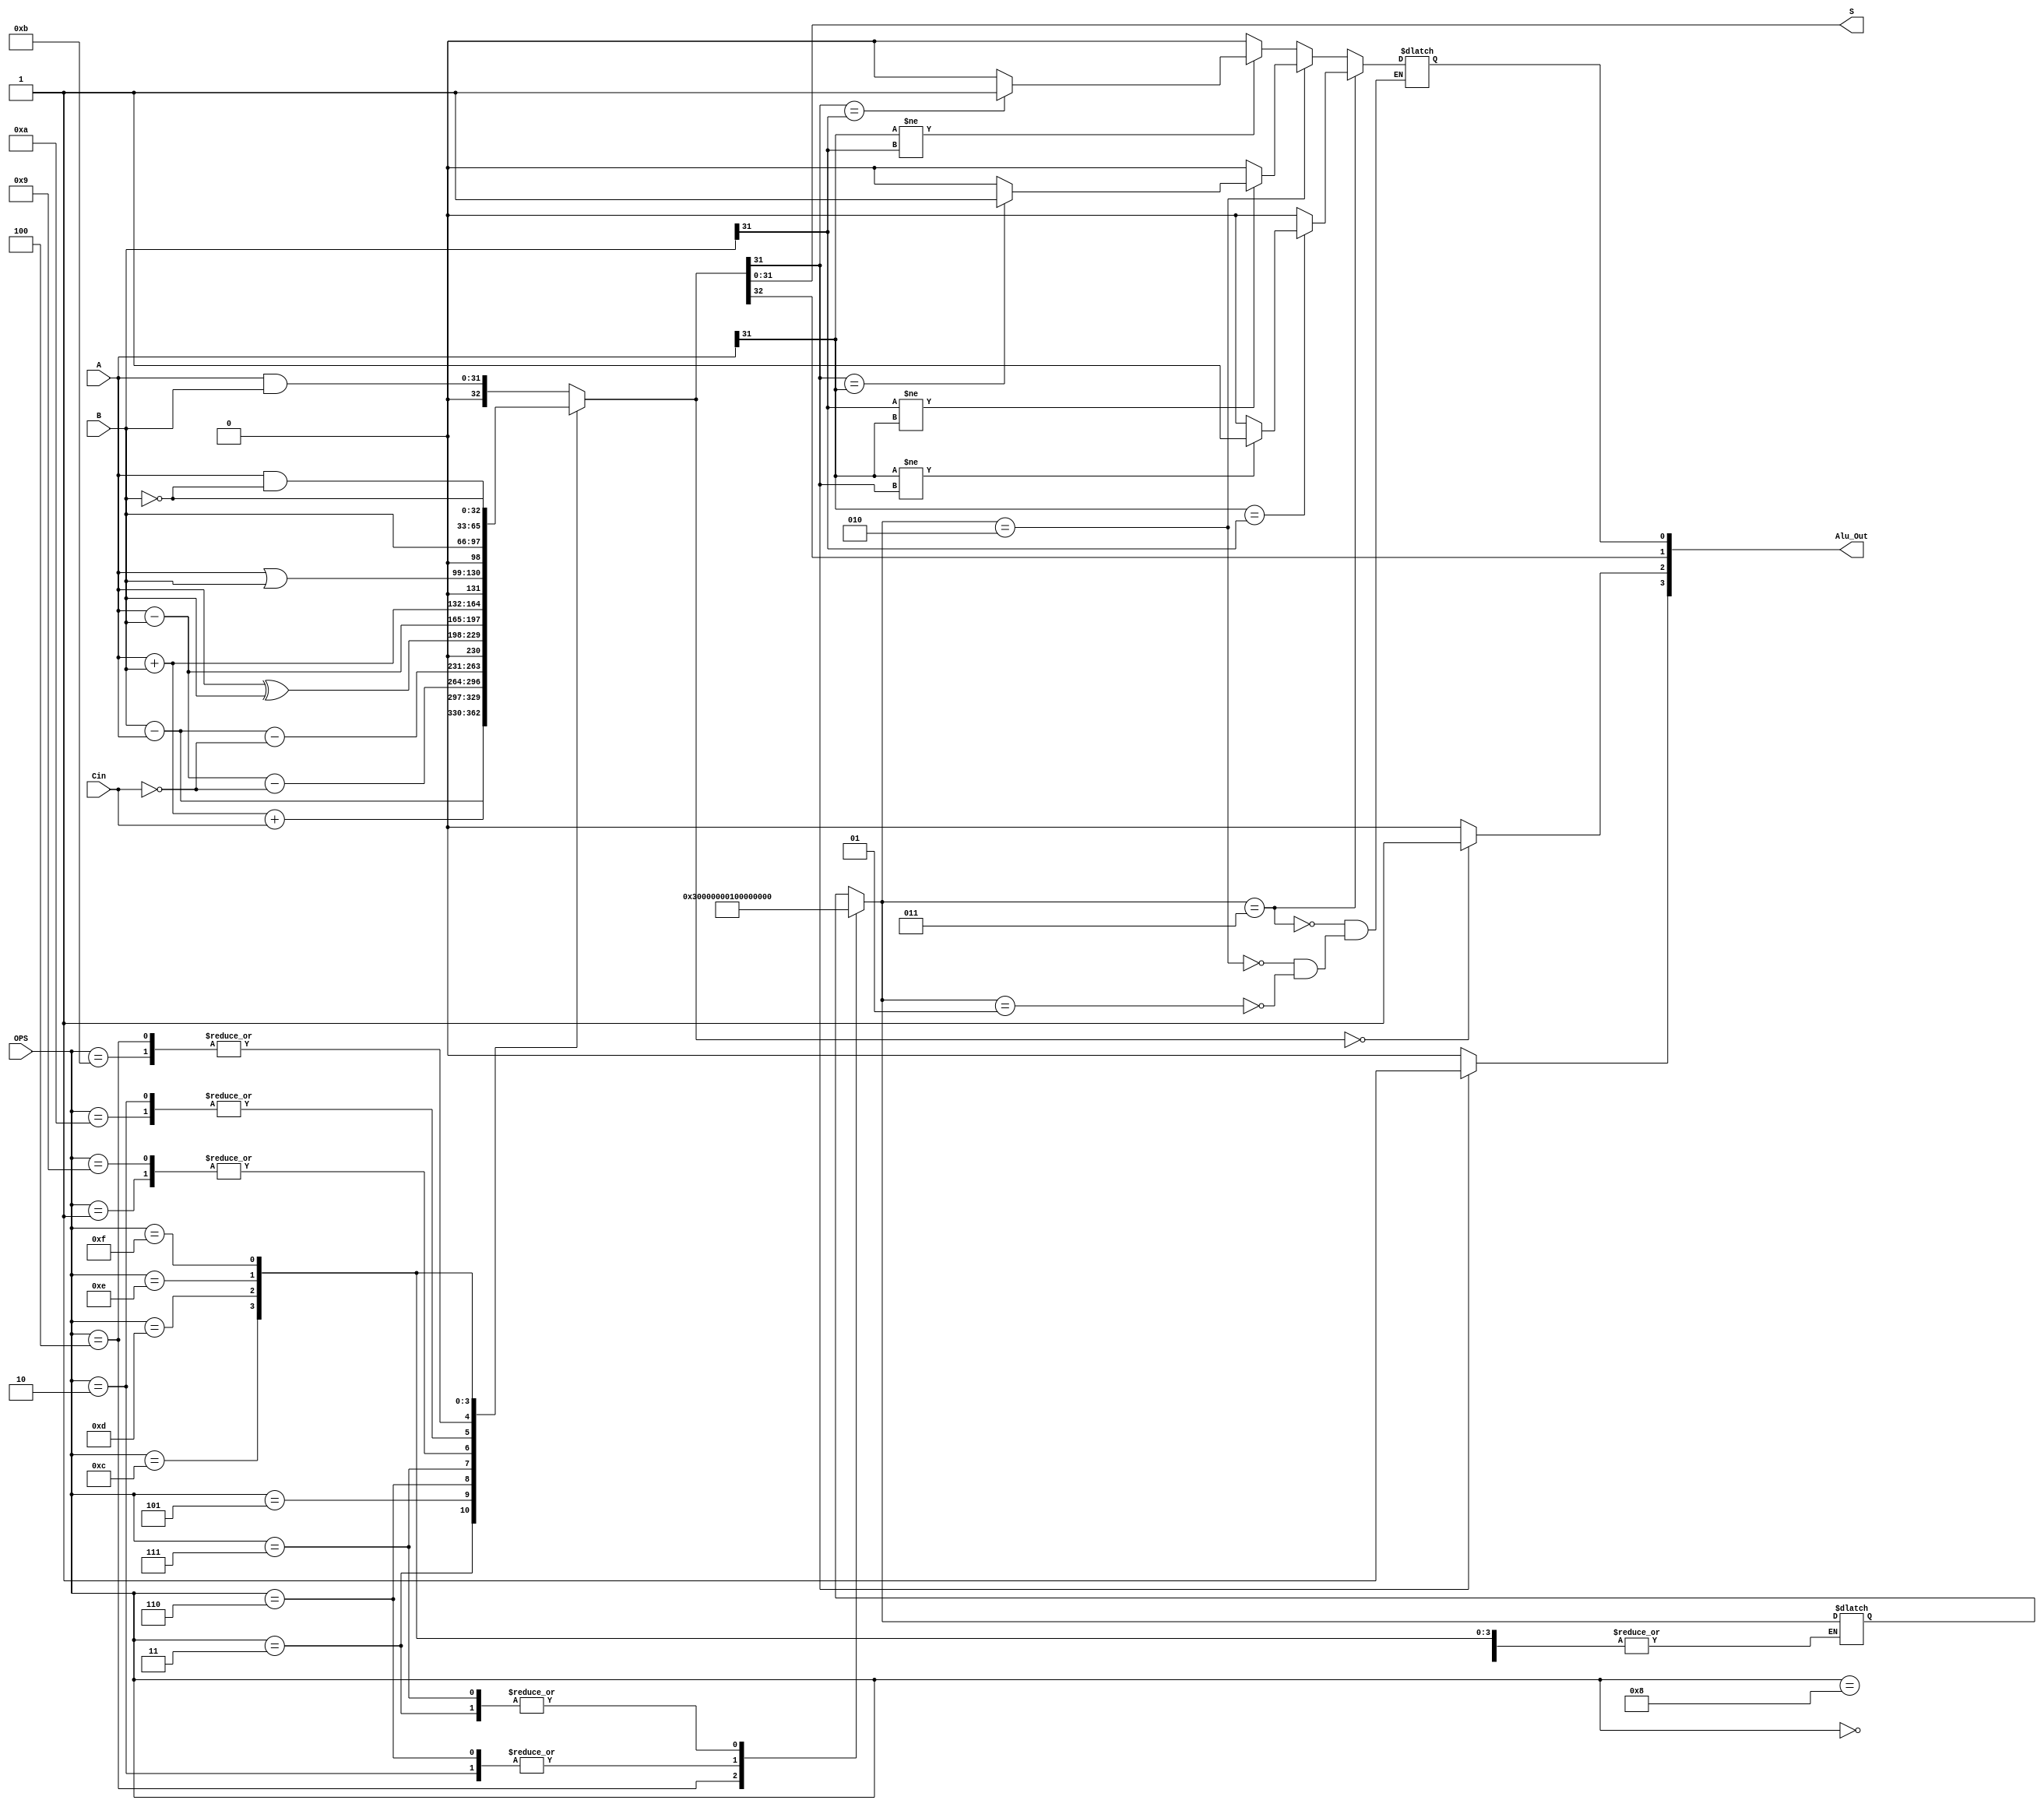
/*Creator: Ashley Ortiz Colon
*/

module alu(input [31:0] A, B, input [3:0] OPS, input Cin, output [31:0] S, output [3:0] Alu_Out); // N, Z, C, V);

    reg [32:0] OPS_result;

    integer tn = 0; 
    integer tz = 0; 
    integer tc = 0; 
    integer tv = 0; 
    integer ol = 0;

    assign Alu_Out[3] = tn; //Negative
    assign Alu_Out[2] = tz; //Zero 
    assign Alu_Out[1] = tc; //Carry Out
    assign Alu_Out[0] = tv; //Overflow

    // integer mod_cond_codes;

    assign S = OPS_result[31:0];
   
    always@(*)//OPS,A,B,Cin)
    begin

        // mod_cond_codes = B[20];

        case(OPS)
            //0
            4'b0000: //Logical AND
            OPS_result = A & B;

            //1
            4'b0001: //Logical Exclusive OR
            OPS_result = A ^ B;

            //2
            4'b0010: //Subtract
            begin
                OPS_result = A - B;  
                ol = 1;
            end
      

            //3
            4'b0011: //Reverse Subtract
            begin
                OPS_result = B - A;  
                ol = 2;
            end
                     
            //4
            4'b0100: //Add
            begin
                OPS_result = A + B;
                ol = 3;
            end
            //5
            4'b0101: //Add w. Carry
            OPS_result = A + B + Cin;

            //6
            4'b0110: //Subtract w. Carry
            begin
                OPS_result = A - B -(~{31'b0,Cin});
                ol = 1;
            end 
            //7
            4'b0111: //Reverse Subtract w. Carr
            begin 
                OPS_result = B - A -(~{31'b0,Cin}); 
                ol = 2;
            end
            
            //8
            4'b1000: //Test 
            OPS_result = A & B;
            //flag update 

            //9
            4'b1001: //Test Equivalence
            OPS_result = A ^ B;
            //flag update

            //10
            4'b1010: //Compare
            OPS_result = A - B;  

            //11
            4'b1011: //Compare Negated
            // begin
            OPS_result = A + B;
            // end


            //12
            4'b1100: //Logical Or
            OPS_result = A | B;

            //13
            4'b1101: //Move
            OPS_result = B;

            //14
            4'b1110: //Bit Clear
            OPS_result = A & (~B);

            //15
            4'b1111: //Move Not
            OPS_result = ~B;
        endcase

        //for when result is zero
        tz = (OPS_result == 32'b0) ? 1:0;
    
        
        //for when result is negative
        tn = (OPS_result[31] == 1'b1) ? 1:0;
        
        //for Carry out
        tc = OPS_result[32];

        //for when result provokes overflow
        if(ol == 1) begin // subtract
            if(A[31] != B[31]) begin
                if(OPS_result[31] == B[31])
                    tv = 1;
                else
                    tv = 0;
            end else
                tv = 0;
        end

        if(ol == 2) begin //revers sub
            if(B[31] != A[31]) begin
                if(OPS_result[31] == A[31])
                    tv = 1;
                else
                    tv = 0;
            end else
                tv = 0;
        end

        if(ol ==3)begin // addition
            if(A[31] == B[31])begin
                if(A[31] != OPS_result[31])
                    tv = 1;
                else 
                    tv = 0;
            end else
                tv = 0;

        end
  
    end

endmodule